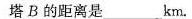
塔B的距离是___km.